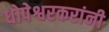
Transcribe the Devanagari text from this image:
धोपेश्वरकरांनी